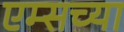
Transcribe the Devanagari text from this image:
एम्सच्या